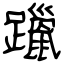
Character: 躐